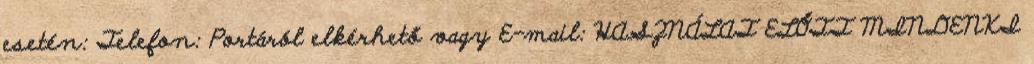
esetén: Telefon: Portáról elkérhető vagy E-mail: HASZNÁLAT ELŐTT MINDENKI